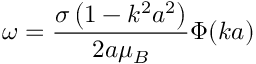
\omega = { \frac { \sigma \left( 1 - k ^ { 2 } a ^ { 2 } \right) } { 2 a \mu _ { B } } } \Phi ( k a )